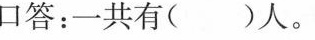
口答：一共有( )人。